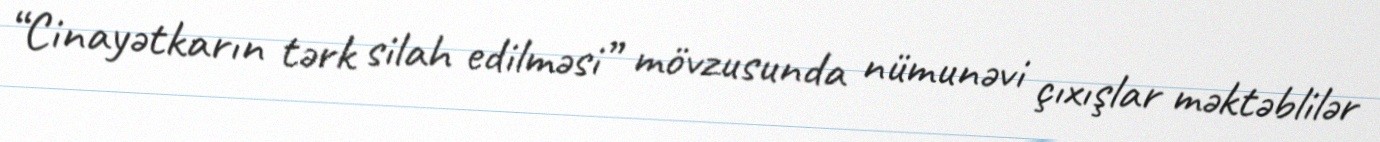
“Cinayətkarın tərk silah edilməsi” mövzusunda nümunəvi çıxışlar məktəblilər